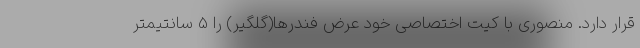
قرار دارد. منصوری با کیت اختصاصی خود عرض فندرها(گلگیر) را 5 سانتیمتر